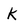
Character: K